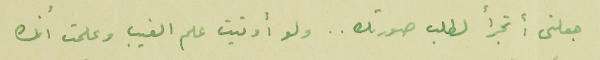
جعلنى أتجرأ لطلب صورتك .. ولو أوتيت علم الغيب وعلمت أنك